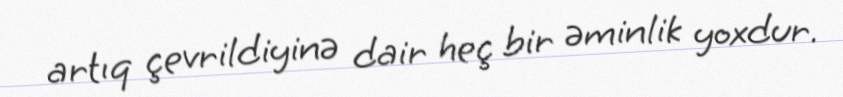
artıq çevrildiyinə dair heç bir əminlik yoxdur.